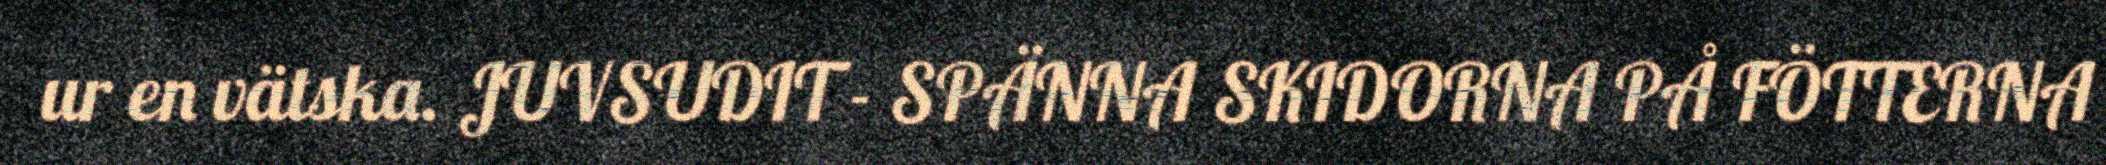
ur en vätska. JUVSUDIT - SPÄNNA SKIDORNA PÅ FÖTTERNA